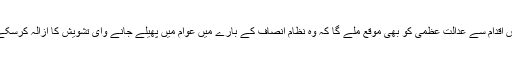
اس اقدام سے عدالت عظمیٰ کو بھی موقع ملے گا کہ وہ نظام انصاف کے بارے میں عوام میں پھیلے جانے وای تشویش کا ازالہ کرسکے۔